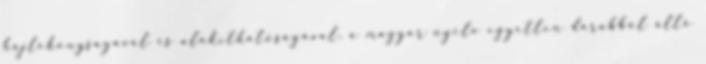
hajlékonyságával és alakíthatóságával. a magyar nyelv egyetlen darabból álló